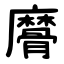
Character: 䯢